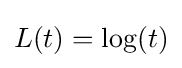
L(t)=\log(t)